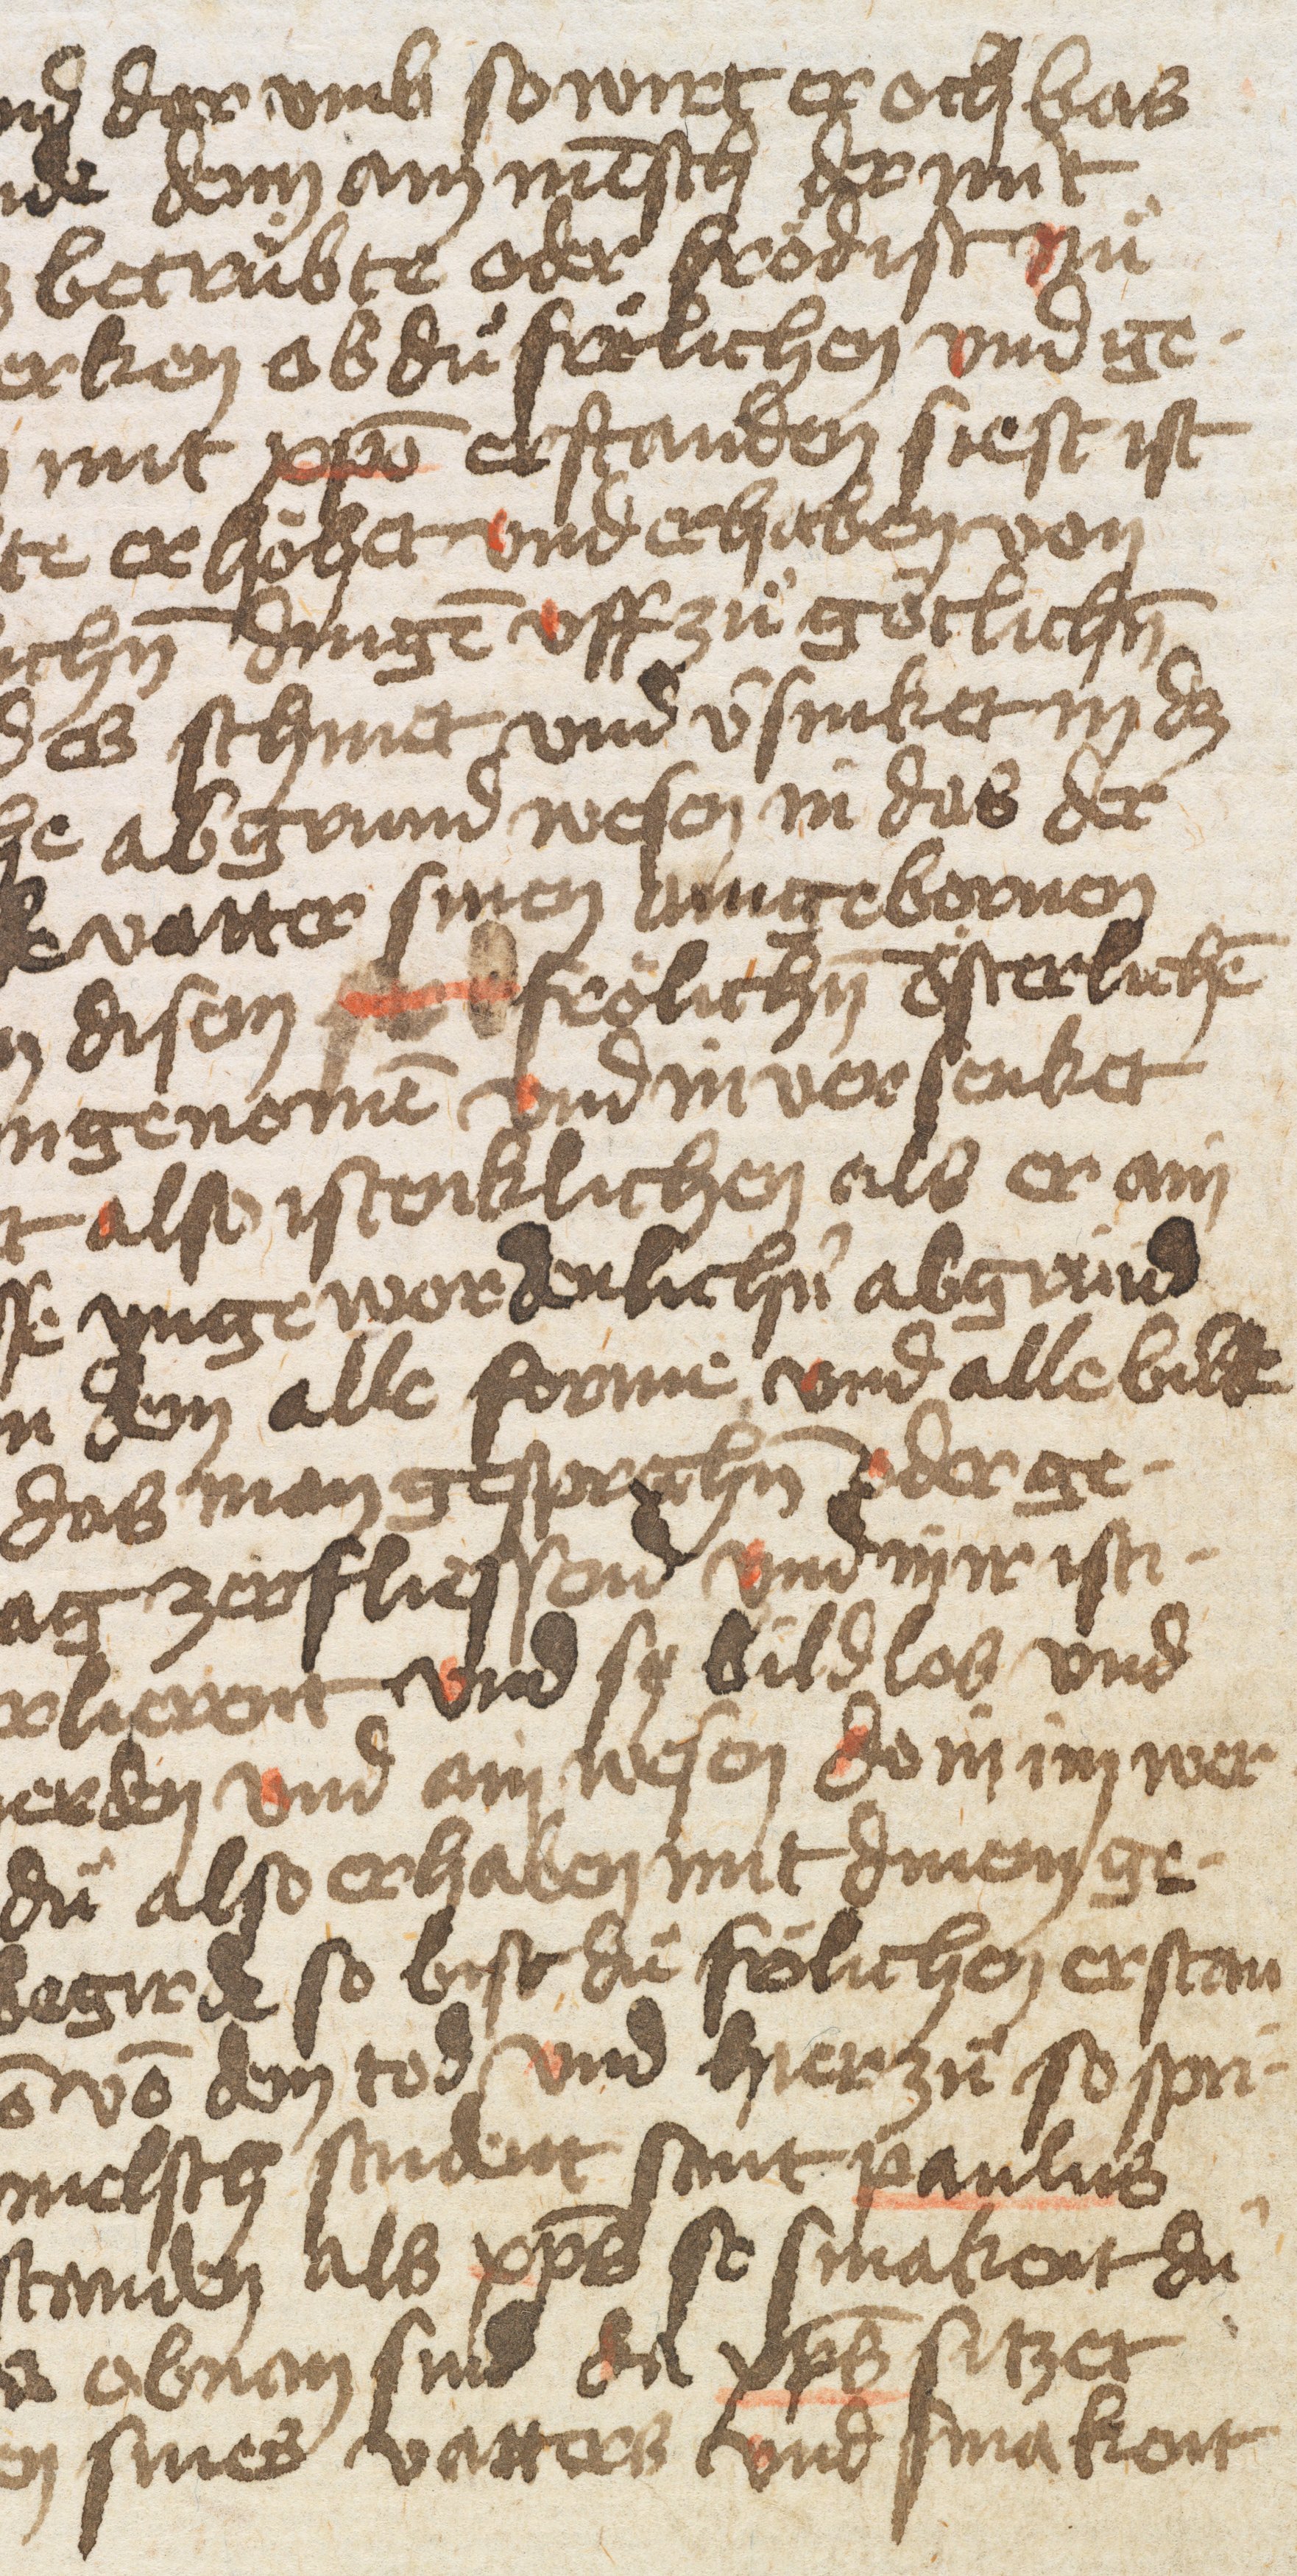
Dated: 1432–1436